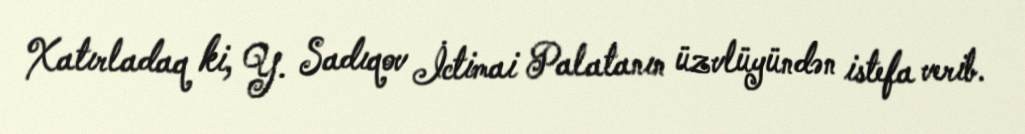
Xatırladaq ki, Y. Sadıqov İctimai Palatanın üzvlüyündən istefa verib.